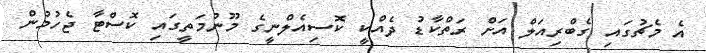
އެ މެޗުގައި ގެބްރިއަލް އަށް ރަތްކާޑު ދެއްކީ ކޮސިއެލްނީގެ މޫނުމަތީގައި ކޮސްޓާ ޖެހުމުން